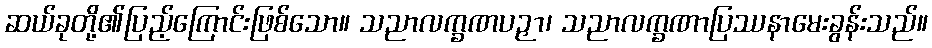
ဆယ်ခုတို့၏ပြည့်ကြောင်းဖြစ်သော။ သညာလက္ခဏပဉှာ၊ သညာလက္ခဏာပြဿနာမေးခွန်းသည်။